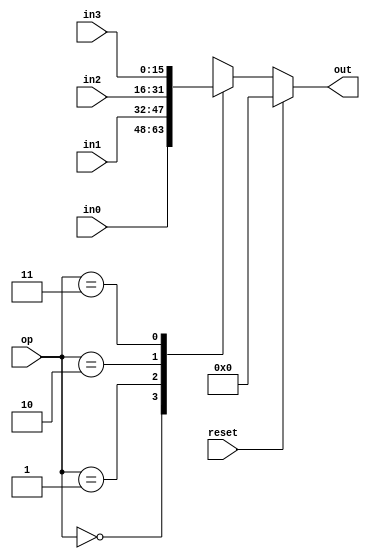
module four_way_mux_component(in0, in1, in2, in3, op, reset, out);

input [15:0] in0;
input [15:0] in1;
input [15:0] in2;
input [15:0] in3;
input [1:0] op;
input reset;

output reg [15:0] out;


always @(in0 or in1 or in2 or in3 or op or reset)
begin
	if (reset) begin
		out <= 0;
	end else
    begin
		case (op)
			2'b00: out <= in0;
			2'b01: out <= in1;
			2'b10: out <= in2;
			2'b11: out <= in3;
		endcase
	end
end

endmodule